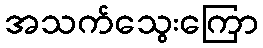
အသက်သွေးကြော